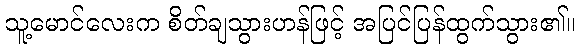
သူ့မောင်လေးက စိတ်ချသွားဟန်ဖြင့် အပြင်ပြန်ထွက်သွား၏။